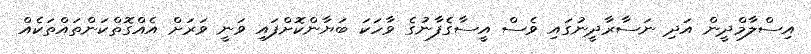
އިސްލާމްދީން އަދި ނަސާރާދީނުގައި ވެސް އީސާގެފާނުގެ ވާހަކަ ބަޔާންކޮށްފައި ވަނީ ވަރަށް އެއްގޮތްކަންތައްތަކެއް